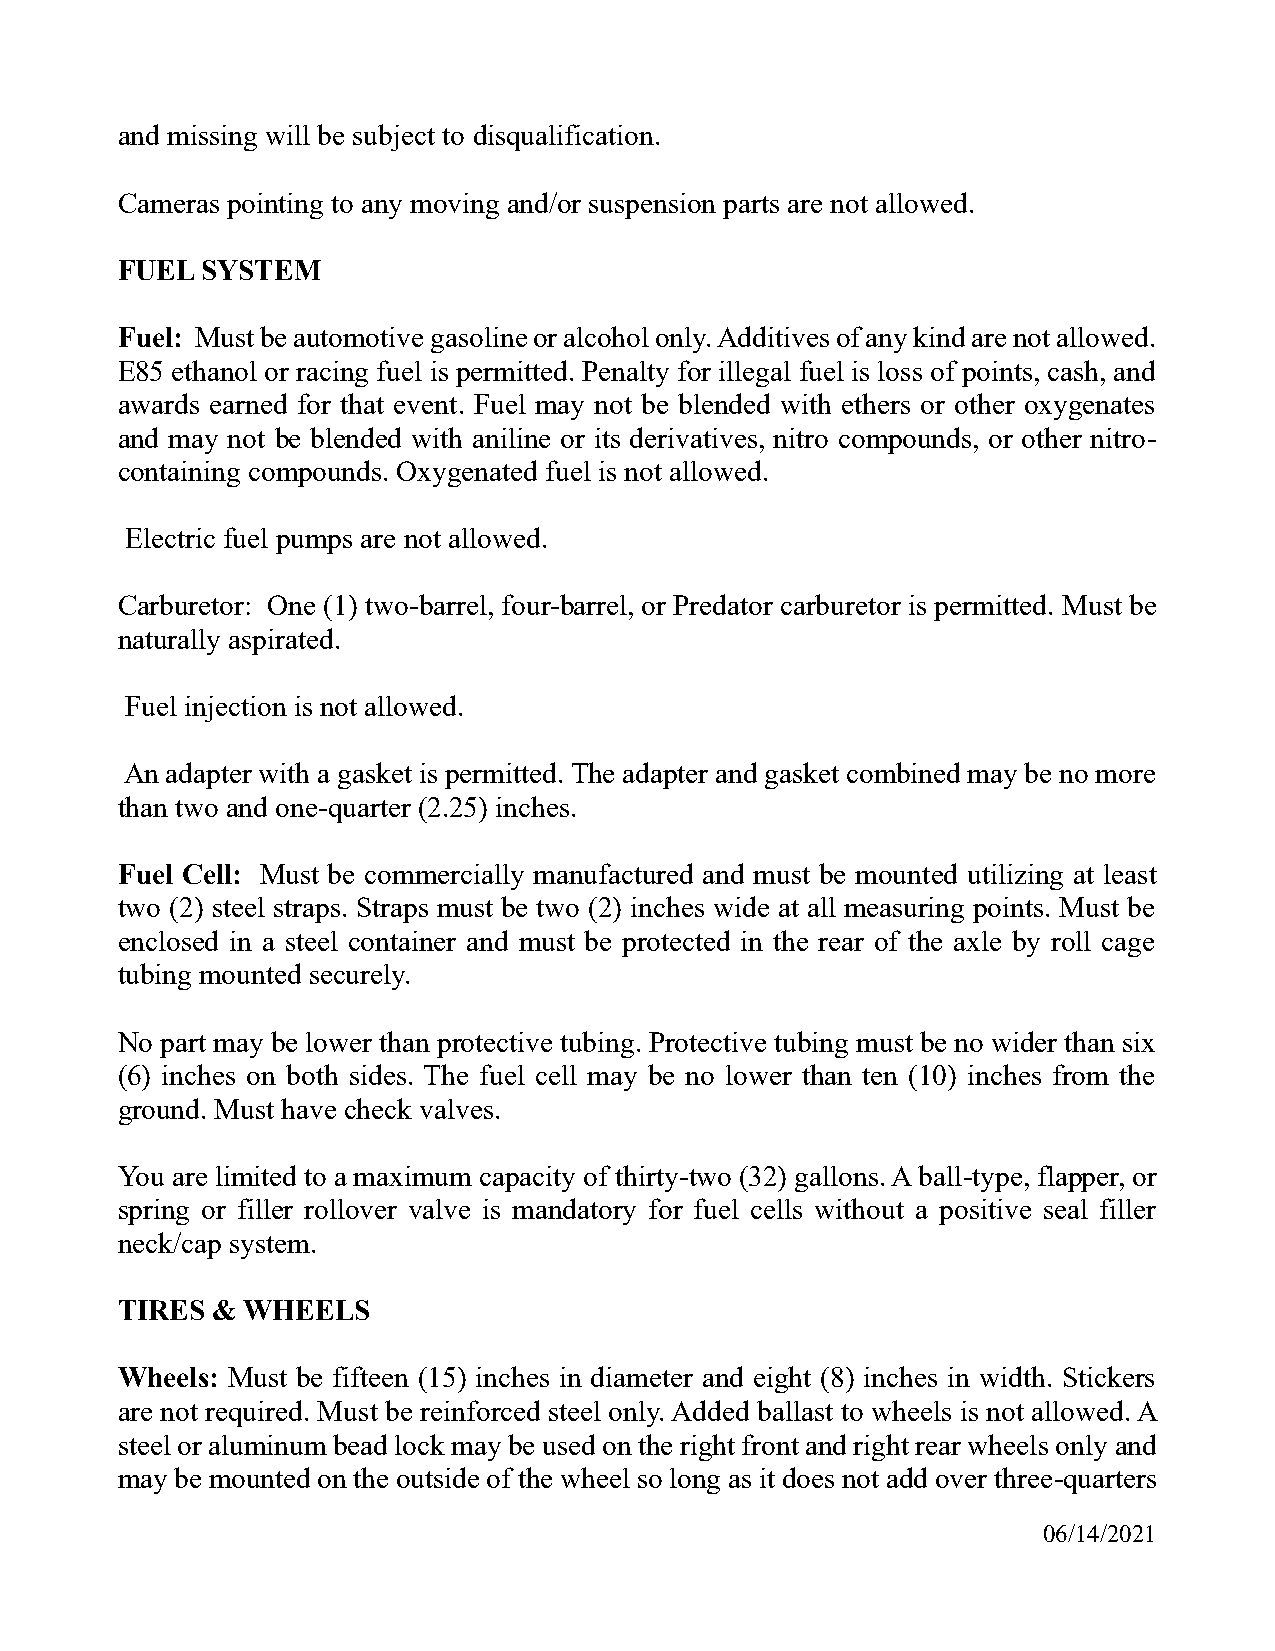
and missing will be subject to disqualification.
 Cameras pointing to any moving and/or suspension parts are not allowed.
 FUEL SYSTEM
 Fuel: Must be automotive gasoline or alcohol only. Additives of any kind are not allowed.
 E85 ethanol or racing fuel is permitted. Penalty for illegal fuel is loss of points, cash, and
 awards earned for that event. Fuel may not be blended with ethers or other oxygenates
 and may not be blended with aniline or its derivatives, nitro compounds, or other nitro-
 containing compounds. Oxygenated fuel is not allowed.
 Electric fuel pumps are not allowed.
 Carburetor: One (1) two-barrel, four-barrel, or Predator carburetor is permitted. Must be
 naturally aspirated.
 Fuel injection is not allowed.
 An adapter with a gasket is permitted. The adapter and gasket combined may be no more
 than two and one-quarter (2.25) inches.
 Fuel Cell: Must be commercially manufactured and must be mounted utilizing at least
 two (2) steel straps. Straps must be two (2) inches wide at all measuring points. Must be
 enclosed in a steel container and must be protected in the rear of the axle by roll cage
 tubing mounted securely.
 No part may be lower than protective tubing. Protective tubing must be no wider than six
 (6) inches on both sides. The fuel cell may be no lower than ten (10) inches from the
 ground. Must have check valves.
 You are limited to a maximum capacity of thirty-two (32) gallons. A ball-type, flapper, or
 spring or filler rollover valve is mandatory for fuel cells without a positive seal filler
 neck/cap system.
 TIRES & WHEELS
 Wheels: Must be fifteen (15) inches in diameter and eight (8) inches in width. Stickers
 are not required. Must be reinforced steel only. Added ballast to wheels is not allowed. A
 steel or aluminum bead lock may be used on the right front and right rear wheels only and
 may be mounted on the outside of the wheel so long as it does not add over three-quarters
 06/14/2021